Cholera in India, 1862 to 1881
Year: 1862
Disease focus: Cholera
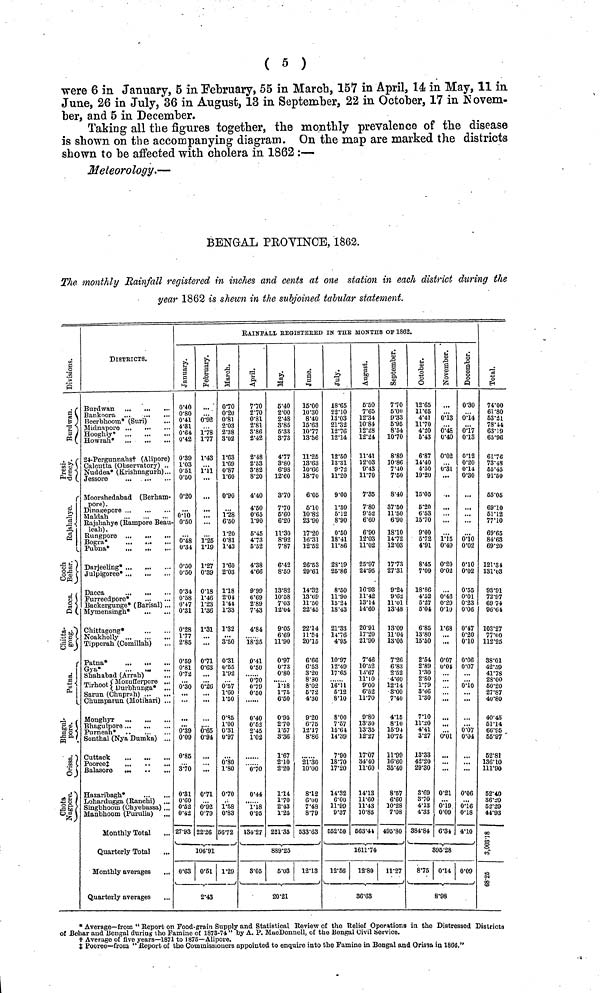
( 5 )
were 6 in January, 5 in February, 55 in March, 157 in April, 14 in May, 11 in
June, 26 in July, 36 in August, 13 in September, 22 in October, 17 in Novem-
ber, and 5 in December.
Taking all the figures together, the monthly prevalence of the disease
is shown on the accompanying diagram. On the map are marked the districts
shown to be affected with cholera in 1862 :—
Meteorology.—
BENGAL PROVINCE, 1862.
The monthly Rainfall registered in inches and cents at one station in each district during the
year 1862 is shewn in the subjoined tabular statement.
Divisions
Buidivan{
Presi. dency
Coosh Behar
Daccan
Bhagulpore
DISTRICTS.
Burdwan ,"
...
...
Bankoora ...
...
...
Beerbhoorn* (Suri)
Midnapore ...
.··
Hooghly*
Howran*
24-Pergunnahs† (Alipore]
Calcutta (Observatory) ..
Nuddea* (Krishnagurh)..
Jessore
Moorshedabad (Berham-
pore).
Dinagepore
Maldah
Rajshahye (Rampore Beau
leah).
Rungpore
Bogra*
Pubna*
...
...
...
Darjeeling·
Julpigoree* ...
Dacca
Furreedpore*
Backergunge* (Barisal) ...
Mymensingh*
Chittagong*
Noakholly
Tipperali (Comillalh)
Patna*
Gya*
...
...
Shah abad (Arrah)
Trihoot ( Mozufferpore ...
Durbhunga*
...
Chumparun (Motihari) ...
Bhagulpore ...
Purneah*
Sonthal (Nya Dumka) ...
Cuttack
...
...
Pooree ‡
Balasore
Hazaribagh*
Lohardugga (Ranchi)
Singbhoom (Chyebassa) ...
Manbhoom (Purulia)
Monthly Total
Quarterly Total
...
Monthly averages
Quarterly averages
RAINEALL EEGISTEKED IN ΤhΕ MONTHS OF 1862.
0.40
0.80
0.41
4.81
0.64
0.42
0.39
1.03
0.51
0.50
0.20
ΟΊΟ
0.50
0.48
0.34
0.50
0.60
0.34
0.58
0.47
0.31
0.28
1.77
2.85
0.59
0.81
072
0.30
0.39
0.09
0.86
3.70
0.31
0.60
0.52
0.42
27.93
0.63
Februwary
0·92
1.78
1.77
1.43
1.11
...
...
...
1.25
1.19
1.27
0.39
0.18
1.46
1.23
1.36
1·31
...
0.71
0.63
...
0.26
0.65
0.94
...
0.71
0.92
0.79
22.26
106.91
0·61
2.43
March
0.70
0.20
0.81
2.03
2.38
3.02
1.63
1.69
0.87
1.60
0.90
1.28
6.50
1.20
0.81
1.43
1.60
2.03
1.18
2.04
1.44
1.33
1.32
3.50
0.31
0.65
1.92
0.57
1.60
1.50
0.85
ΓΟΟ
0.31
0.97
0.80
1.80
0.70
1.58
0.83
56.72
1.29
April
7.70
270
0.81
2.81
3.86
2.42
2.48
2.53
3.82
8.20
4.40
4.50
0.65
1.90
5.45
4.73
5.52
4.38
4.66
9.99
6.69
2.89
7.43
4.84
18.35
0.41
0.50
0.70
0.79
0.50
0.40
0.52
2.45
1.02
0.70
0.44
1.18
0.95
134.27
8·0δ
May
5.40
2.00
2.48
3.85
5.33
3.73
4.77
3.80
6.98
12.60
3.70
7.70
5.60
6.20
11.30
8.92
7 .87
6.42
8.59
13.82
10.58
7.03
12.04
9.05
6.69
11.90
0.97
0.73
0.80
1.18
1.75
6.50
0.95
2.70
1.57
3.36
1.67
2.10
2.20
1.14
1.70
2.43
1.25
221.35
889.25
5.03
20.21
June
15.00
10·30
8.40
15.63
10.77
13.56
11.25
13.63
10.66
18.70
6.05
5.10
10.82
23.90
17.20
16.31
12.52
26.53
29.61
14.32
13.69
11.50
22.45
22.14
11.54
20.15
6.66
6.53
3.20
8.30
8.02
5.72
4.30
9.20
6.75
12.17
8.86
21.30
10.00
8.12
6.00
7.48
8.79
533.63
12.13
July
18.65
22.10
13.03
21.32
12.76
12.14
12.50
13.31
9.72
11.20
9.00
1.80
5.12
8.90
0.50
18.41
11.06
28.19
25.86
8.50
11.90
15.24
18.43
21.83
14.76
4.95
10.97
12.49
17·65
16.11
5.12
8.10
8.00
7.57
15.64
14.39
7.90
18.70
17.20
14.32
6.00
11.99
9.37
552.50
12.50
August
5.50
7.65
12.34
10.84
12.28
12.24
11.41
12.03
9.43
11.70
7.35
7.80
9.52
6.60
6.90
12.03
11.02
25.97
24.95
16.93
11.42
13.14
14.60
20.91
17.20
21.90
7.46
10.52
18.67
11.10
9.00
6.52
11.70
9.80
13.30
13.35
12.27
17.07
34.40
11.60
14.13
11.00
11.43
10.85
563.44
1611.74
12.80
36.63
September
7.70
5.00
9.33
5.95
8.54
10.70
8.89
10.86
7.40
7.50
8.40
37.50
11.50
6.90
18.10
14.72
12.03
17.73
27.31
9.24
9.62
11.01
13.48
13.09
11.04
13.05
7.26
6.83
2.52
4.60
12.14
3.00
7.40
4.15
8.10
15.94.
10.75
11.99
16.60
85.40
8.57
6.60
10.28
7.08
495.80
11.27
October
12.65
11..05
4.41
11.70
4.20
5.43
6.87
14.40
4.50
19..20
15.05
5.20
6.53
15.70
9.00
5.72
4.91
8.45
7.09
18.86
4.52
6.27
6..04
6.85
13.80
15.50
2.64
2.89
rao
2.80
1.79
8.66
1.30
7.10
11.20
4.41
3.27
13.33
42.20
29.30
3.69
3.70
4.13
4.33
384.84
8.75
November
0.13
0.48
0.40
0.02
0.31
...
-..
...
...
1.15
0.49
0.20
0.02
0.46
0.29
0.10
1.68
0.07
0.04
...
...
0.01
...
0.21
0.19
0.09
6.34
95.28
0.14
8.98
December
0.30
0.14
0.17
0.13
0.12
0.20
0.14
0.30
...
...
0.10
0.02
0.10
0.02
0.55
0.01
0.23
0.06
0.47
0.20
0.10
0.06
0.07
0.10
...
...
0.07
0.04
...
0.06
0.16
0.18
4.10
0.09
Total
74.00
61.80
53.21
78.44
63.19
65.96
61.76
73.48
55.45
91.50
55.05
69.10
51.12
77.10
69.65
84..63
69.20
121.34
131.03
93.91
72.97
69.74
96.64
103.27
77.00
112.25
88.01
42 .59
41.78
28.00
50.20
27.87
40.80
40.45
51.14
66'95
55.97
52.81
136.10
111.90
52.40
36.20
62"29
44.93
3,003.18
68.25
* Average—from " Report on Food-grain Supply and Statistical Review of the Relief Operations in the Distressed Districts
of Behar and Bengal during the Famine of 1873-74 " by A. P. MucDonnell, of the Bengal Civil Service.
t† Average of live years—1871 to 1875—Alipore.
‡Pooree—from " Report of the Commissioners appointed to enquire into the Famine in Bengal and Orissa in 1866."